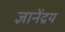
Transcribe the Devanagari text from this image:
ज्ञानेंद्रय